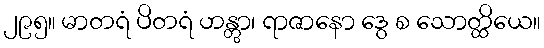
၂၉၅။ မာတရံ ပိတရံ ဟန္တွာ၊ ရာဇာနော ဒွေ စ သောတ္ထိယေ။